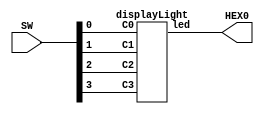
// Verilog code for Lab2 Part 3

module Part3(HEX0,SW);
	input [9:0] SW; 
	output [6:0] HEX0; 
	
	displayLight u0( 
			.C0(SW[0]), 
 			.C1(SW[1]), 
			.C2(SW[2]), 
 			.C3(SW[3]), 
 			.led(HEX0[6:0])
			); 

endmodule 
 
module displayLight(input C0, C1, C2, C3, 
						  output [0:6]led); 
	
	assign led[0]=((~C3 & ~C2 & ~C1 & C0)|(~C3 & C2 & ~C1 & ~C0)|(C3 & ~C2 & C1 & C0)|(C3 & C2 & ~C1 & C0)); 
	
	assign led[1]=((~C3 & C2 & ~C1 & C0)|(~C3 & C2 & C1 & ~C0)|(C3 & ~C2 & C1 & C0)|(C3 & C2 & ~C1 & ~C0)|(C3 & C2 & C1 & ~C0)|(C3 & C2 & C1 & C0)); 
	
	assign led[2]=((~C3 & ~C2 & C1 & ~C0)|(C3 & C2 & ~C1 & ~C0)|(C3 & C2 & C1 & ~C0)|(C3 & C2 & C1 & C0)); 
	
	assign led[3]=((~C3 & ~C2 & ~C1 & C0)|(~C3 & C2 & ~C1 & ~C0)|(~C3 & C2 & C1 & C0)|(C3 & ~C2 & C1 & ~C0)|(C3 & C2 & C1 & C0)); 
	
	assign led[4]=((~C3 & ~C2 & ~C1 & C0)|(~C3 & ~C2 & C1 & C0)|(~C3 & C2 & ~C1 & ~C0)|(~C3 & C2 & ~C1 & C0)|(~C3 & C2 & C1 & C0)|(C3 & ~C2 & ~C1 & C0)); 
	
	assign led[5]=((~C3 & ~C2 & ~C1 & C0)|(~C3 & ~C2 & C1 & ~C0)|(~C3 & ~C2 & C1 & C0)|(~C3 & C2 & C1 & C0)|(C3 & C2 & ~C1 & C0)); 
	
	assign led[6]=((~C3 & ~C2 & ~C1 & ~C0)|(~C3 & ~C2 & ~C1 & C0)|(~C3 & C2 & C1 & C0)|(C3 & C2 & ~C1 & ~C0)); 

endmodule